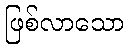
ဖြစ်လာသော